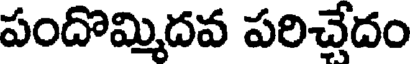
పందొమ్మిదవ పరిచ్చేదం